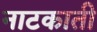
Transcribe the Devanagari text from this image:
नाटकाती